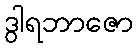
ဒွါရဘာဇော